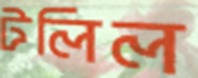
টলিল